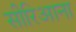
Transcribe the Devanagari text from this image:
सीरिआना